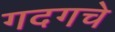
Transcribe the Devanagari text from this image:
गदगचे